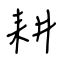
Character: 耕